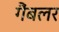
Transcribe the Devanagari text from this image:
गैंबलर